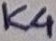
Text: K4